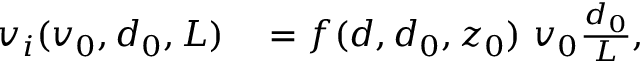
\begin{array} { r l } { v _ { i } ( v _ { 0 } , d _ { 0 } , L ) } & { { } = f ( d , d _ { 0 } , z _ { 0 } ) \ v _ { 0 } \frac { d _ { 0 } } { L } , } \end{array}